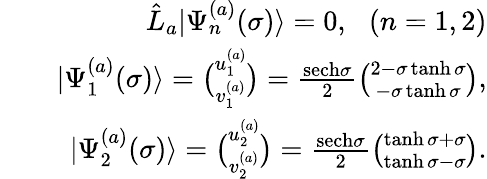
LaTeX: \begin{array}{rlr}&{}&{\hat{L}_{a}|\Psi_{n}^{(a)}(\sigma)\rangle=0,\, \, \, \, (n=1,2)}\\ &{}&{|\Psi_{1}^{(a)}(\sigma)\rangle=\binom{u_{1}^{(a)}}{v_{1}^{(a)}}=\frac{\mathrm{sech}\sigma}{2}\binom{2-\sigma\operatorname{tanh}\sigma}{-\sigma\operatorname{tanh}\sigma},}\\ &{}&{|\Psi_{2}^{(a)}(\sigma)\rangle=\binom{u_{2}^{(a)}}{v_{2}^{(a)}}=\frac{\mathrm{sech}\sigma}{2}\binom{\operatorname{tanh}\sigma+\sigma}{\operatorname{tanh}\sigma-\sigma}.}\end{array}